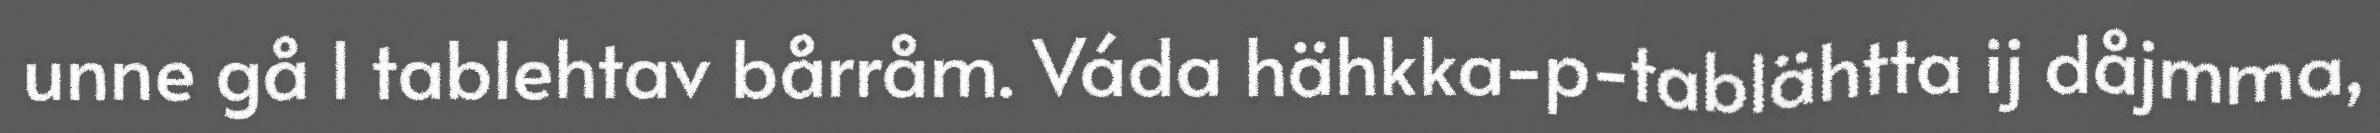
unne gå l tablehtav bårråm. Váda hähkka-p-tablähtta ij dåjmma,